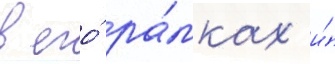
в его́ ра́мках и́